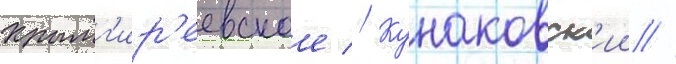
Крымг'ир'еевское // Кунаковск'ии //